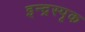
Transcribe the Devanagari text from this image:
इन्द्रस्पृक